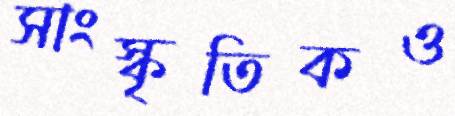
সাংস্কৃতিকও